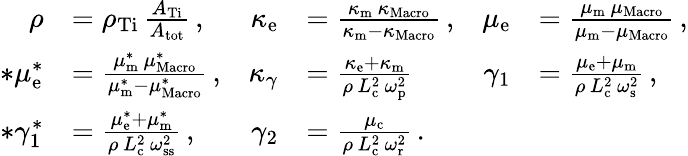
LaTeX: \begin{array}{rlrlrl}{\rho}&{=\rho_{\mathrm{Ti}}\, \frac{A_{\mathrm{Ti}}}{A_{\mathrm{tot}}}\, ,}&{\kappa_{\mathrm{e}}}&{=\frac{\kappa_{\mathrm{m}}\, \kappa_{\mathrm{Macro}}}{\kappa_{\mathrm{m}}-\kappa_{\mathrm{Macro}}}\, ,}&{\mu_{\mathrm{e}}}&{=\frac{\mu_{\mathrm{m}}\, \mu_{\mathrm{Macro}}}{\mu_{\mathrm{m}}-\mu_{\mathrm{Macro}}}\, ,}\\ {*\mu_{\mathrm{e}}^{*}}&{=\frac{\mu_{\mathrm{m}}^{*}\, \mu_{\mathrm{Macro}}^{*}}{\mu_{\mathrm{m}}^{*}-\mu_{\mathrm{Macro}}^{*}}\, ,}&{\kappa_{\gamma}}&{=\frac{\kappa_{\mathrm{e}}+\kappa_{\mathrm{m}}}{\rho\, L_{\mathrm{c}}^{2}\, \omega_{\mathrm{p}}^{2}}}&{\gamma_{1}}&{=\frac{\mu_{\mathrm{e}}+\mu_{\mathrm{m}}}{\rho\, L_{\mathrm{c}}^{2}\, \omega_{\mathrm{s}}^{2}}\, ,}\\ {*\gamma_{1}^{*}}&{=\frac{\mu_{\mathrm{e}}^{*}+\mu_{\mathrm{m}}^{*}}{\rho\, L_{\mathrm{c}}^{2}\, \omega_{\mathrm{ss}}^{2}}\, ,}&{\gamma_{2}}&{=\frac{\mu_{\mathrm{c}}}{\rho\, L_{\mathrm{c}}^{2}\, \omega_{\mathrm{r}}^{2}}\, .}\end{array}